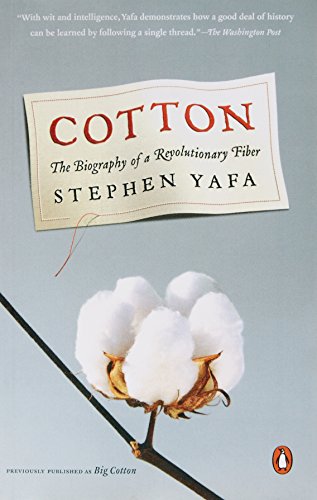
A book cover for Cotton: The Biography of a Revolutionary Fiber; Stephen Yafa; Business & Money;